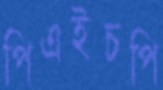
পিএইচপি